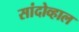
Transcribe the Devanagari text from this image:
सांदोव्हाल